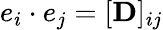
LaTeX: e_{i}\cdot e_{j}=[\mathbf{D}]_{ij}